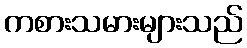
ကစားသမားများသည်